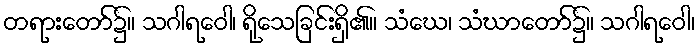
တရားတော်၌။ သဂါရဝေါ၊ ရိုသေခြင်းရှိ၏။ သံဃေ၊ သံဃာတော်၌။ သဂါရဝေါ၊